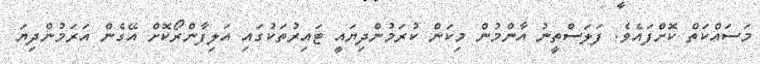
މަސައްކަތް ކޮށްފައެވެ. ފަލަސްތީނު އާންމުން މިކަން ކުރަމުންދިޔައީ ޓައިރުތަކުގައި އަލިފާންރޯކޮށް އޭގެން އަރަމުންދިޔަ